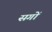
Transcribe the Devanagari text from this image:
सगों